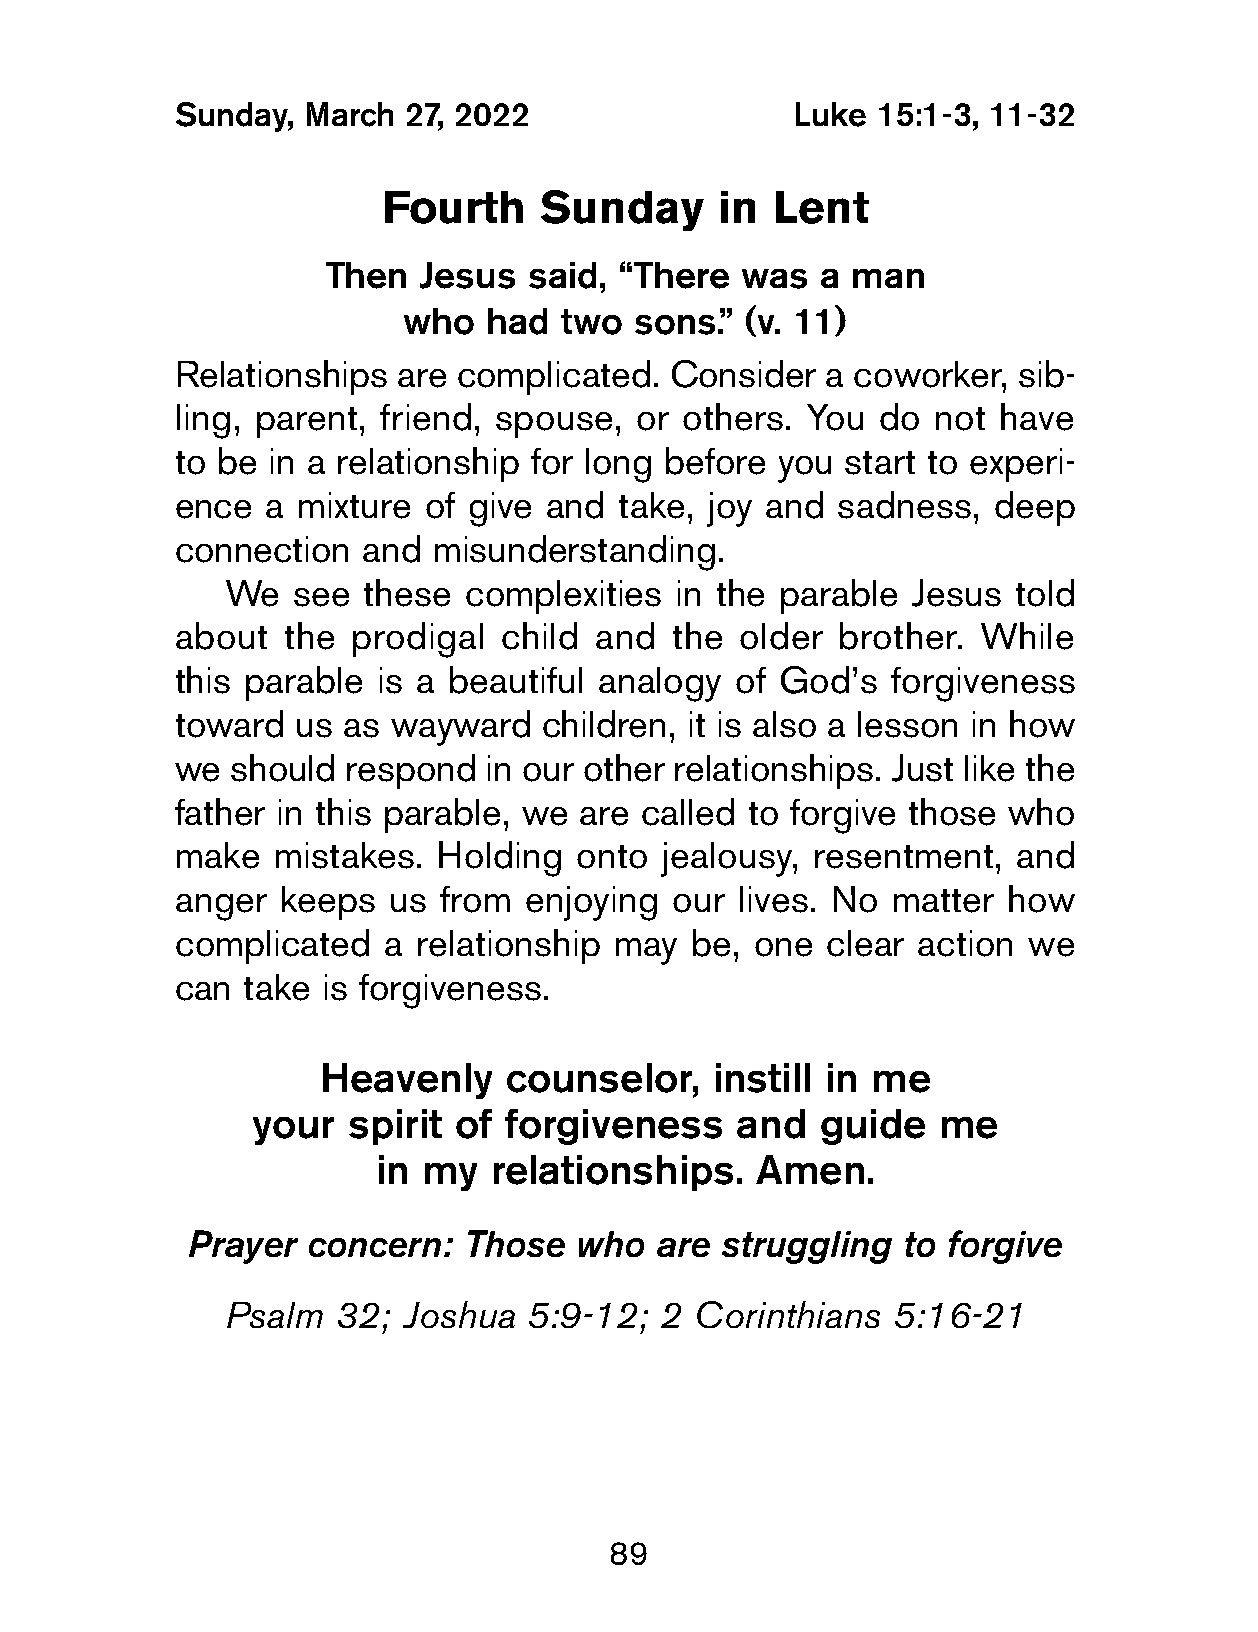
Sunday,  March  27, 2022                 Luke  15:1-3, 11-32
 Fourth     Sunday     in  Lent
 Then   Jesus  said, “There  was  a man
 who  had  two  sons.” (v. 11)
 Relationships  are complicated.  Consider   a coworker, sib-
 ling, parent, friend, spouse,  or others. You  do  not have
 to be  in a relationship for long before you start to experi-
 ence   a mixture of give and  take, joy and sadness,   deep
 connection   and  misunderstanding.
 We  see  these  complexities  in the parable Jesus  told
 about   the prodigal  child and  the  older brother.  While
 this parable  is a beautiful analogy  of God’s  forgiveness
 toward  us  as wayward   children, it is also a lesson in how
 we  should  respond  in our other relationships. Just like the
 father in this parable, we are called to forgive those  who
 make   mistakes.  Holding  onto  jealousy, resentment,  and
 anger  keeps   us from  enjoying our  lives. No matter  how
 complicated   a relationship  may  be, one  clear action we
 can  take is forgiveness.
 Heavenly    counselor,    instill in me
 your  spirit of forgiveness     and  guide   me
 in my  relationships.    Amen.
 Prayer  concern:   Those  who  are  struggling  to forgive
 Psalm  32;  Joshua  5:9-12;  2 Corinthians  5:16-21
 89